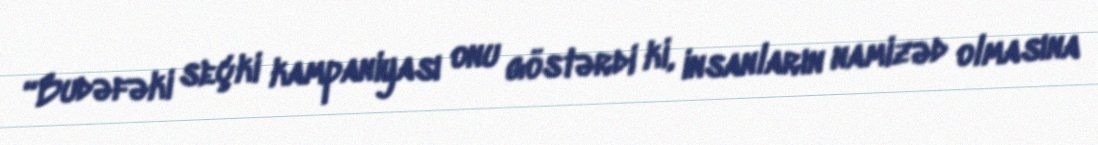
“Budəfəki seçki kampaniyası onu göstərdi ki, insanların namizəd olmasına